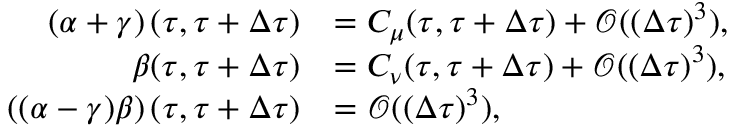
\begin{array} { r l } { \left( \alpha + \gamma \right) ( \tau , \tau + \Delta \tau ) } & { = C _ { \mu } ( \tau , \tau + \Delta \tau ) + \mathscr { O } ( ( \Delta \tau ) ^ { 3 } ) , } \\ { \beta ( \tau , \tau + \Delta \tau ) } & { = C _ { \nu } ( \tau , \tau + \Delta \tau ) + \mathscr { O } ( ( \Delta \tau ) ^ { 3 } ) , } \\ { \left( ( \alpha - \gamma ) \beta \right) ( \tau , \tau + \Delta \tau ) } & { = \mathscr { O } ( ( \Delta \tau ) ^ { 3 } ) , } \end{array}